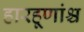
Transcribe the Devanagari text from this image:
हारहूणांश्च